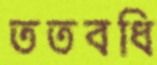
ততবধি